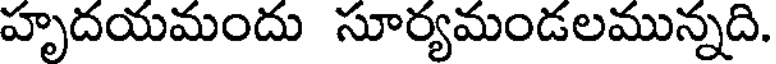
హృదయమందు సూర్యమండలమున్నది.